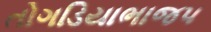
તોગડિયાભાજપ